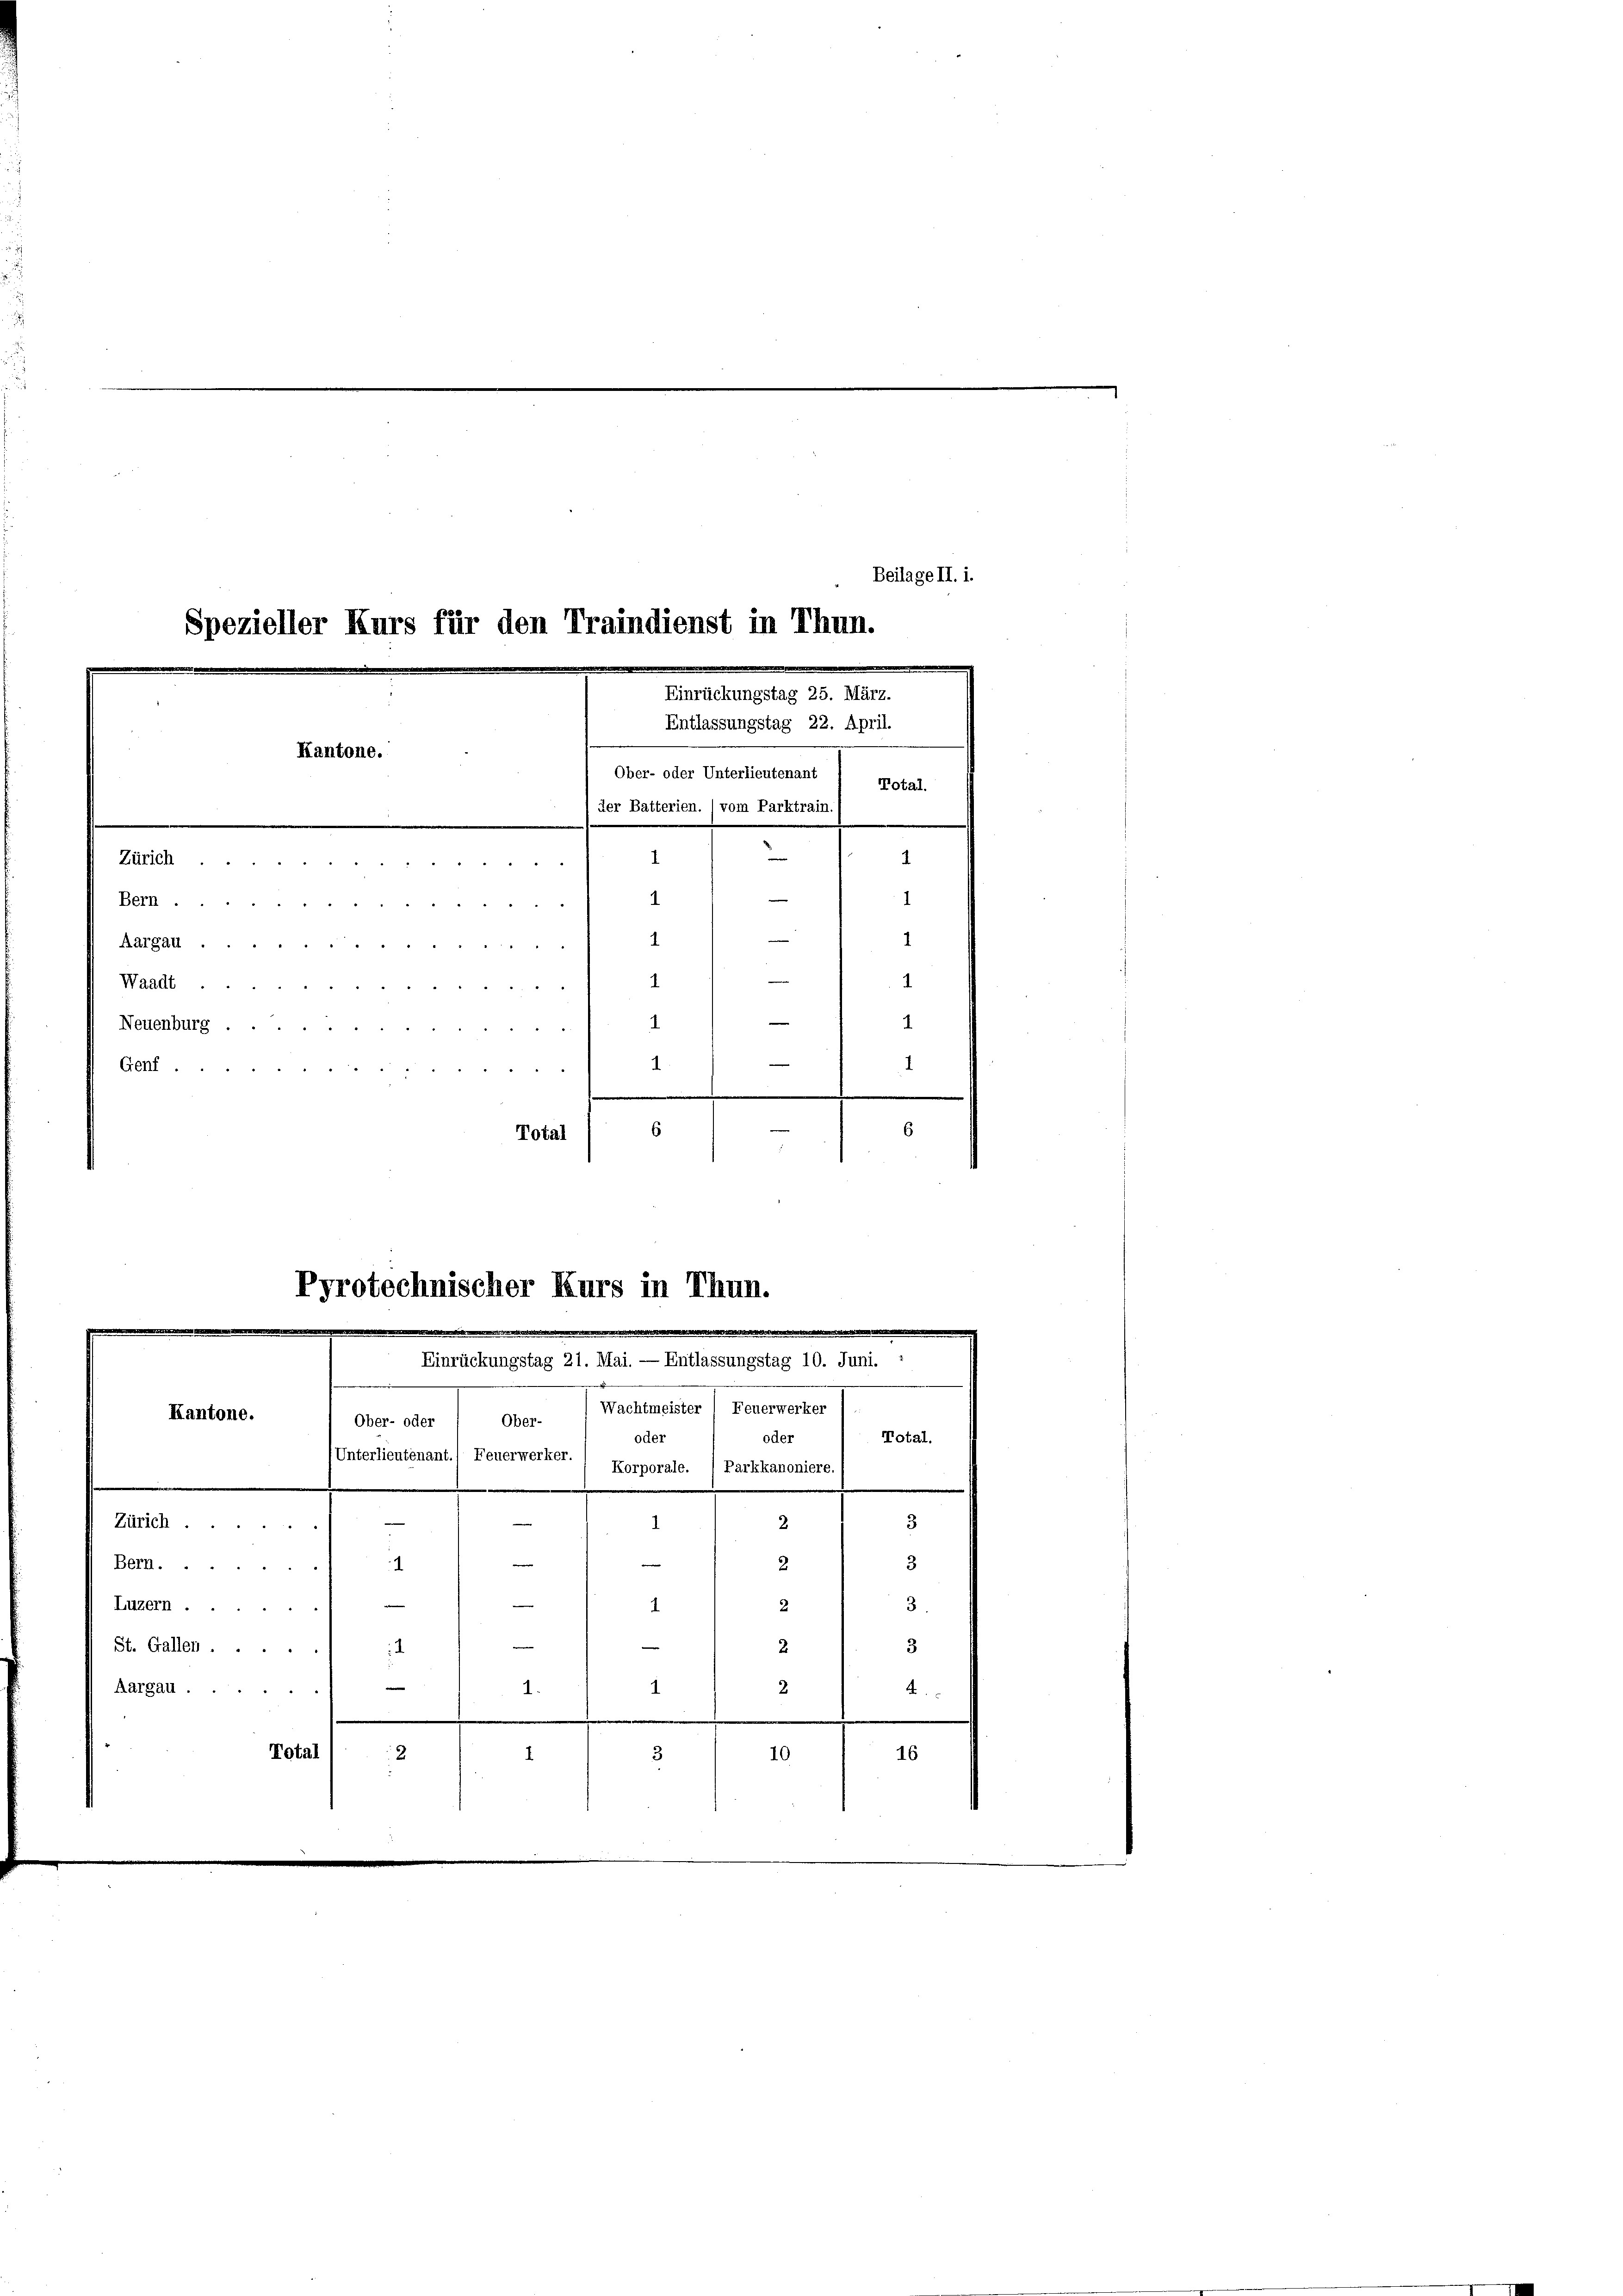
Beilage II. i.
Spezieller Kurs für den Traindienst in Thun.
Einrückungstag 25. März.
Entlassungstag 22. April.
Kantone.
e
Ober- oder Unterlieutenant 1 Total.
der Batterien. (vom Parktrain.) ....................
1
Zürich
1
i

1
1
Bern.
22 23
1
1
Aargall
e
1
1
Waadt
1.
Neuenburg
1
Genf.
1

1
6
6
Total

Kantone.
Ober- oder 1 Ober-
Total.
oder
oder
Unterlieutenant.) Feuerwerker.
Korporale. 1 Parkkanoniere.
Zürich ...
2.
3
.
3
e
e
2
Bern...
.
e
3.
—
2
Luzern
1
3
2.
St. Gallen . .
1
m
1
Aargau.
2
1.
4
Total
10
16
2.
1
3

Pyrotechnischer Kurs in Thun.
d
d
Einrückungstag 21. Mai. — Entlassungstag 10. Juni.
Wachtmeister 1 Feuerwerker